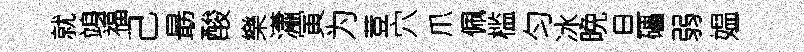
就竧福己朂酸樂瀟寅为荳穴爪佩槛匀冰晩旦礧弱媪